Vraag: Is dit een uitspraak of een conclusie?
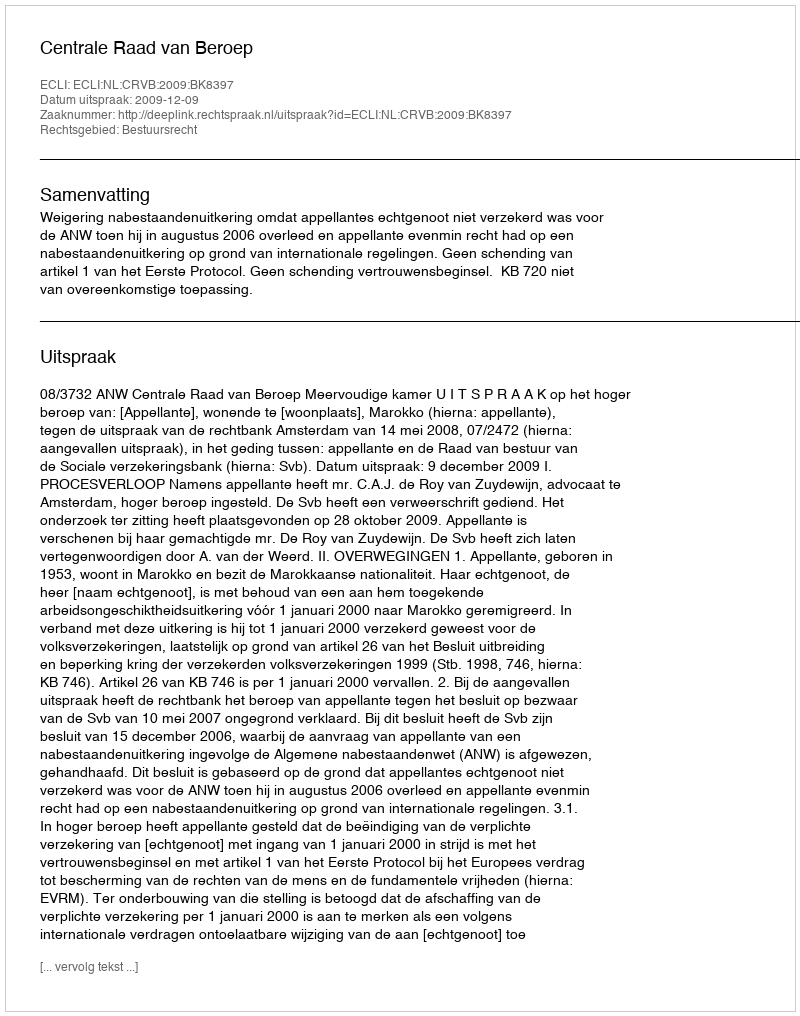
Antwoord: Uitspraak